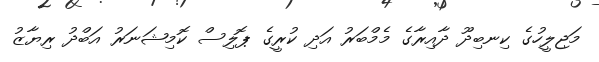
މަޖިލީހުގެ ކިނބިދޫ ދާއިރާގެ މެމްބަރު އަދި ކުރީގެ ޕޮލިސް ކޮމިޝަނަރު އަބްދު ރިޔާޒު